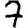
Digit: 7